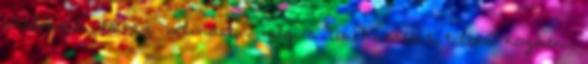
unalmast, es az bolonditja meg a touchscreent toltes kozben.